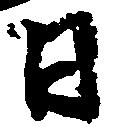
日